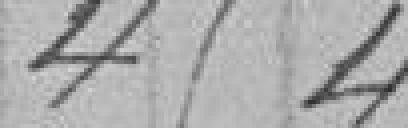
454,00